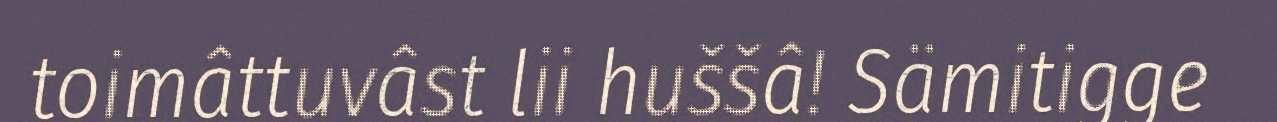
toimâttuvâst lii huššâ! Sämitigge